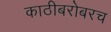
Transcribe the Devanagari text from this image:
काठीबरोबरच